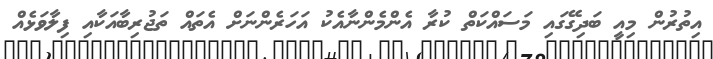
އިތުރުން މިއީ ބަދިގޭގައި މަސައްކަތް ކުރާ އެންމެންނާއެކު އަހަރެންނަށް އެތައް ތަޖުރިބާއަކާއި ފިލާވަޅެއް